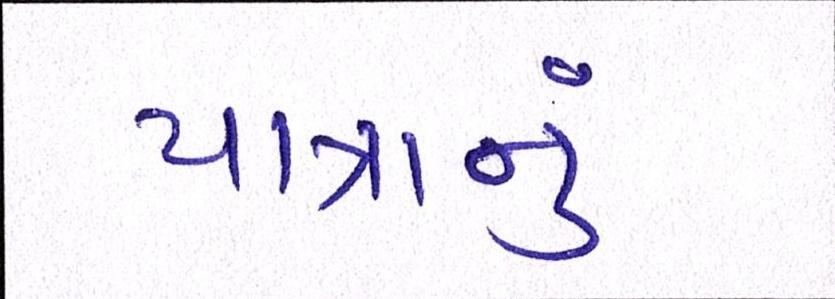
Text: યાત્રાનું